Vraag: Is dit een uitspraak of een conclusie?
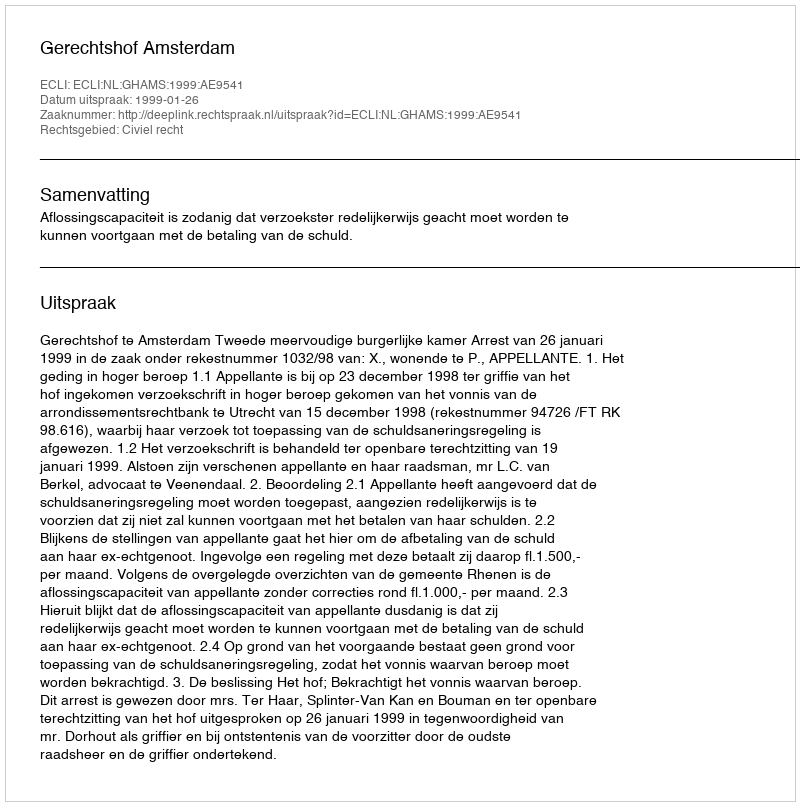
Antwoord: Uitspraak